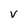
Character: V